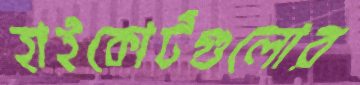
হাইকোর্টগুলোর